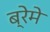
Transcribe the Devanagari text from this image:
ब्रेमे